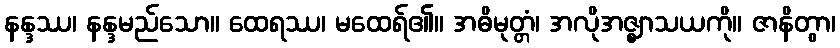
နန္ဒဿ၊ နန္ဒမည်သော။ ထေရဿ၊ မထေရ်၏။ အဓိမုတ္တံ၊ အလိုအဇ္ဈာသယကို။ ဇာနိတွာ၊